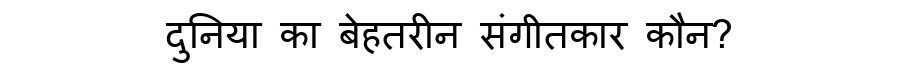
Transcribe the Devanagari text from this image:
दुनिया का बेहतरीन संगीतकार कौन?